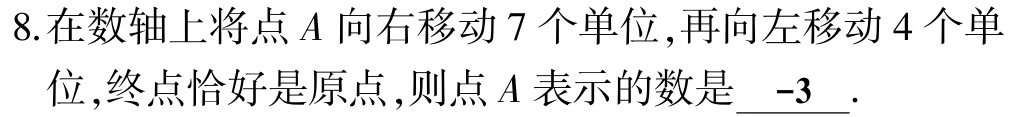
8.在数轴上将点\(A\)向右移动\(7\)个单位,再向左移动\(4\)个单位,终点恰好是原点,则点\(A\)表示的数是\(\underline{-3}\).